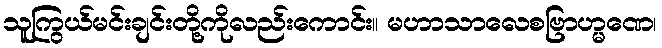
သူကြွယ်မင်းချင်းတို့ကိုလည်းကောင်း။ မဟာသာလေစဗြာဟ္မဏေ၊